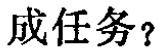
成任务？